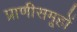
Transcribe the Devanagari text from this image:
प्राणीसमूहों